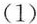
(1)